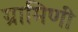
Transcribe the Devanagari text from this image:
ग्रामिणी